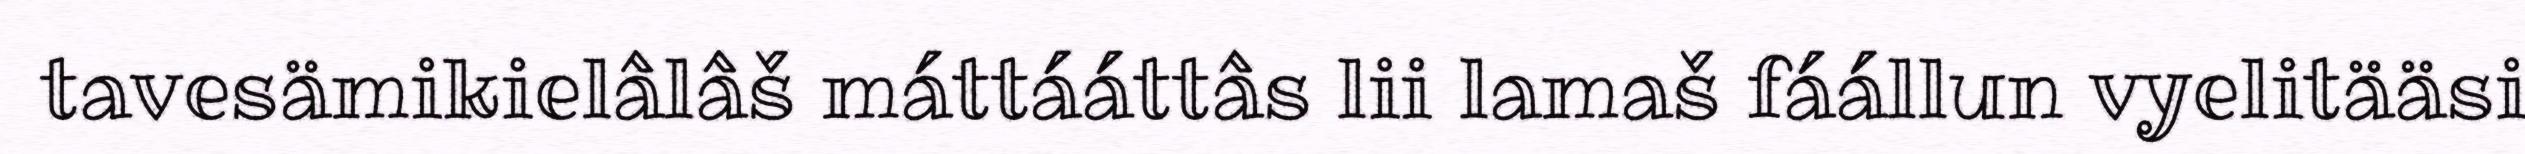
tavesämikielâlâš máttááttâs lii lamaš fáállun vyelitääsi